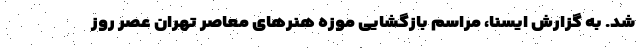
شد. به گزارش ایسنا، مراسم بازگشایی موزه هنرهای معاصر تهران عصر روز